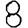
Digit: 8